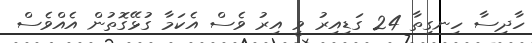
ހާދިސާ ހިނގިތާ 24 ގަޑިއިރު ވީ އިރު ވެސް އެކަމާ ގުޅޭގޮތުން އެއްވެސް